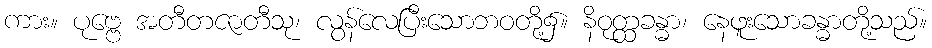
ကား။ ပုဗ္ဗေ အတီတဇာတီသု၊ လွန်လေပြီးသောဘဝတို့၌။ နိဝုတ္ထခန္ဓာ၊ နေဖူးသောခန္ဓာတို့သည်။